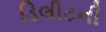
ડિલીટની